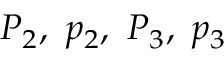
P _ { 2 } , \ p _ { 2 } , \ P _ { 3 } , \ p _ { 3 }